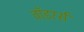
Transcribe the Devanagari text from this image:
वॉडरर्स